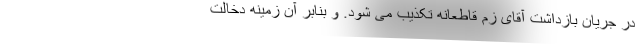
در جریان بازداشت آقای زم قاطعانه تکذیب می شود. و بنابر آن زمینه دخالت